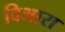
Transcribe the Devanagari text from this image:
विभारा